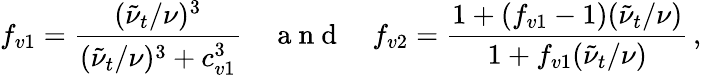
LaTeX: f_{v1}=\frac{(\tilde{\nu}_{t}/\nu)^{3}}{(\tilde{\nu}_{t}/\nu)^{3}+c_{v1}^{3}}\quad\mathrm{~a~n~d~}\quad f_{v2}=\frac{1+(f_{v1}-1)(\tilde{\nu}_{t}/\nu)}{1+f_{v1}(\tilde{\nu}_{t}/\nu)}\, ,